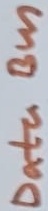
Text: Data Bus